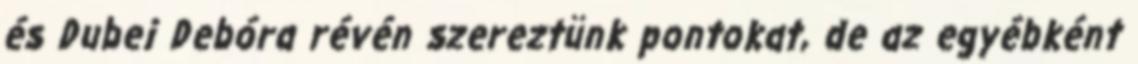
és Dubei Debóra révén szereztünk pontokat, de az egyébként